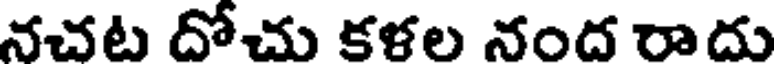
నచట దోచు కళల నంద రాదు